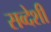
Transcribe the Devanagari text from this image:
सव्देशी